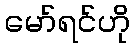
မော်ရင်ဟို